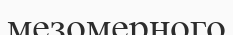
мезомерного